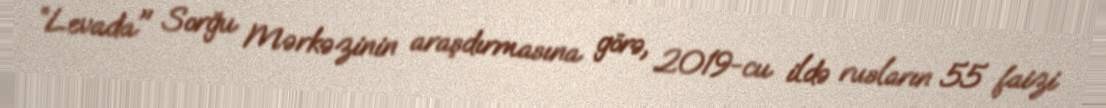
”Levada" Sorğu Mərkəzinin araşdırmasına görə, 2019-cu ildə rusların 55 faizi